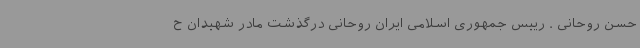
حسن روحانی . رییس جمهوری اسلامی ایران روحانی درگذشت مادر شهیدان ح